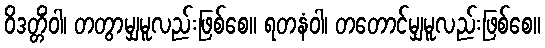
ဝိဒတ္တိံဝါ၊ တတွာမျှမူလည်းဖြစ်စေ။ ရတနံဝါ၊ တတောင်မျှမူလည်းဖြစ်စေ။